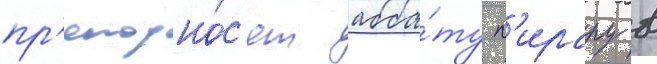
пр'еподно́с'ят абба́ту п'ирару в